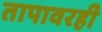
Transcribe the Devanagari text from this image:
तापावरही